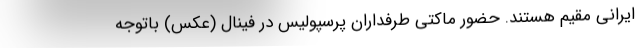
ایرانی مقیم هستند. حضور ماکتی طرفداران پرسپولیس در فینال (عکس) باتوجه